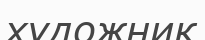
художник